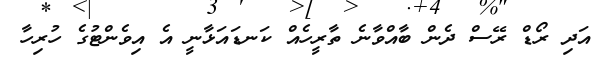
އަދި ރޯޑް ރޭސް ދެން ބާއްވާނެ ތާރީހެއް ކަނޑަައަޅާނީ އެ އިވެންޓުގެ ހުރިހާ